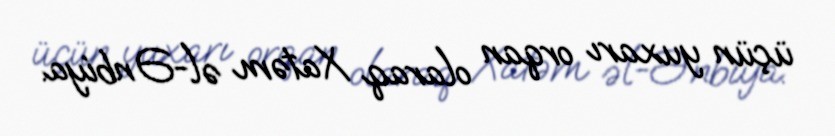
üçün yuxarı orqan olaraq Xatəm əl-Ənbiya.